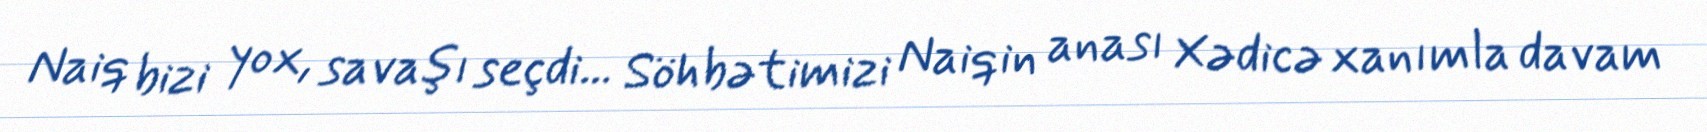
Naiq bizi yox, savaşı seçdi... Söhbətimizi Naiqin anası Xədicə xanımla davam